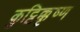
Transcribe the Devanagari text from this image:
कुट्टिक्कृष्ण